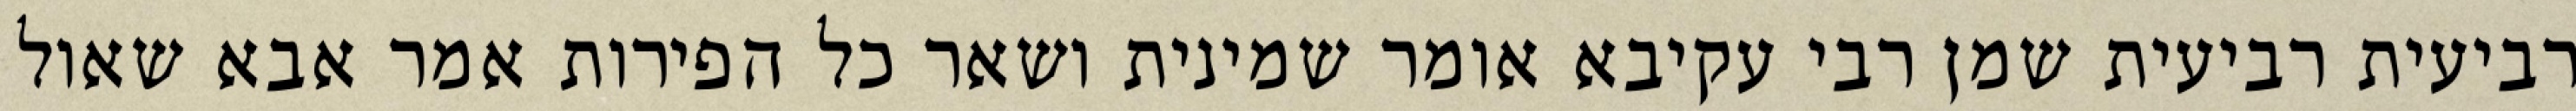
רביעית רביעית שמן רבי עקיבא אומר שמינית ושאר כל הפירות אמר אבא שאול